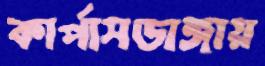
কার্পাসডাঙ্গায়